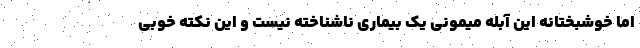
اما خوشبختانه این آبله میمونی یک بیماری ناشناخته نیست و این نکته خوبی